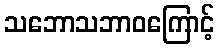
သဘောသဘာဝကြောင့်